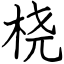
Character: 桡